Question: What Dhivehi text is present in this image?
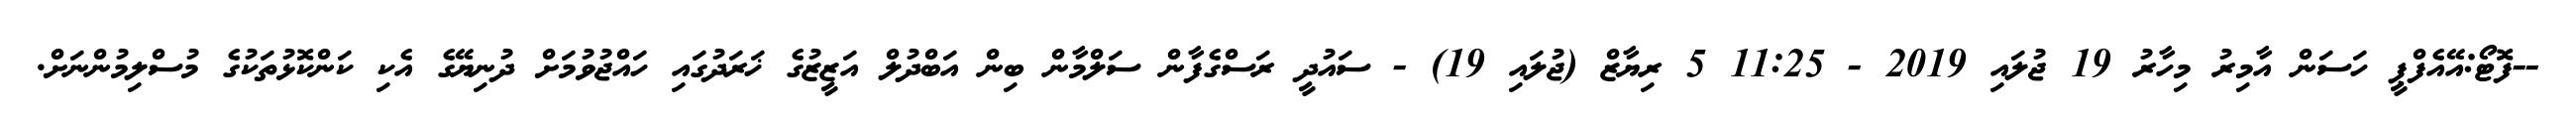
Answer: --ފޮޓޯ:އޭއެފްޕީ ހަސަން އާމިރު މިހާރު 19 ޖުލައި 2019 - 11:25 5 ރިޔާޒް (ޖުލައި 19) - ސައުދީ ރަސްގެފާން ސަލްމާން ބިން އަބްދުލް އަޒީޒުގެ ޚަރަދުގައި ހައްޖުވުމަށް ދުނިޔޭގެ އެކި ކަންކޮޅުތަކުގެ މުސްލިމުންނަށް.